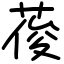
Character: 葰